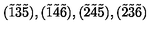
( \tilde { 1 } \tilde { 3 } \tilde { 5 } ) , ( \tilde { 1 } \tilde { 4 } \tilde { 6 } ) , ( \tilde { 2 } \tilde { 4 } \tilde { 5 } ) , ( \tilde { 2 } \tilde { 3 } \tilde { 6 } )